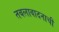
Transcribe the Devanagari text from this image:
तबलावादनाची